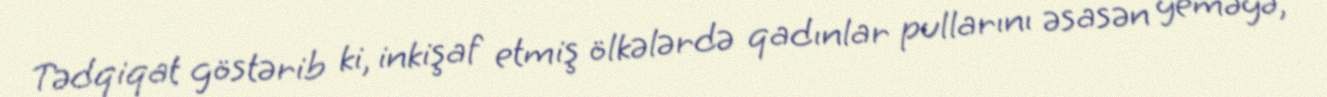
Tədqiqat göstərib ki, inkişaf etmiş ölkələrdə qadınlar pullarını əsasən yeməyə,